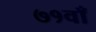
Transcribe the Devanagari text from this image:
७१वाँ